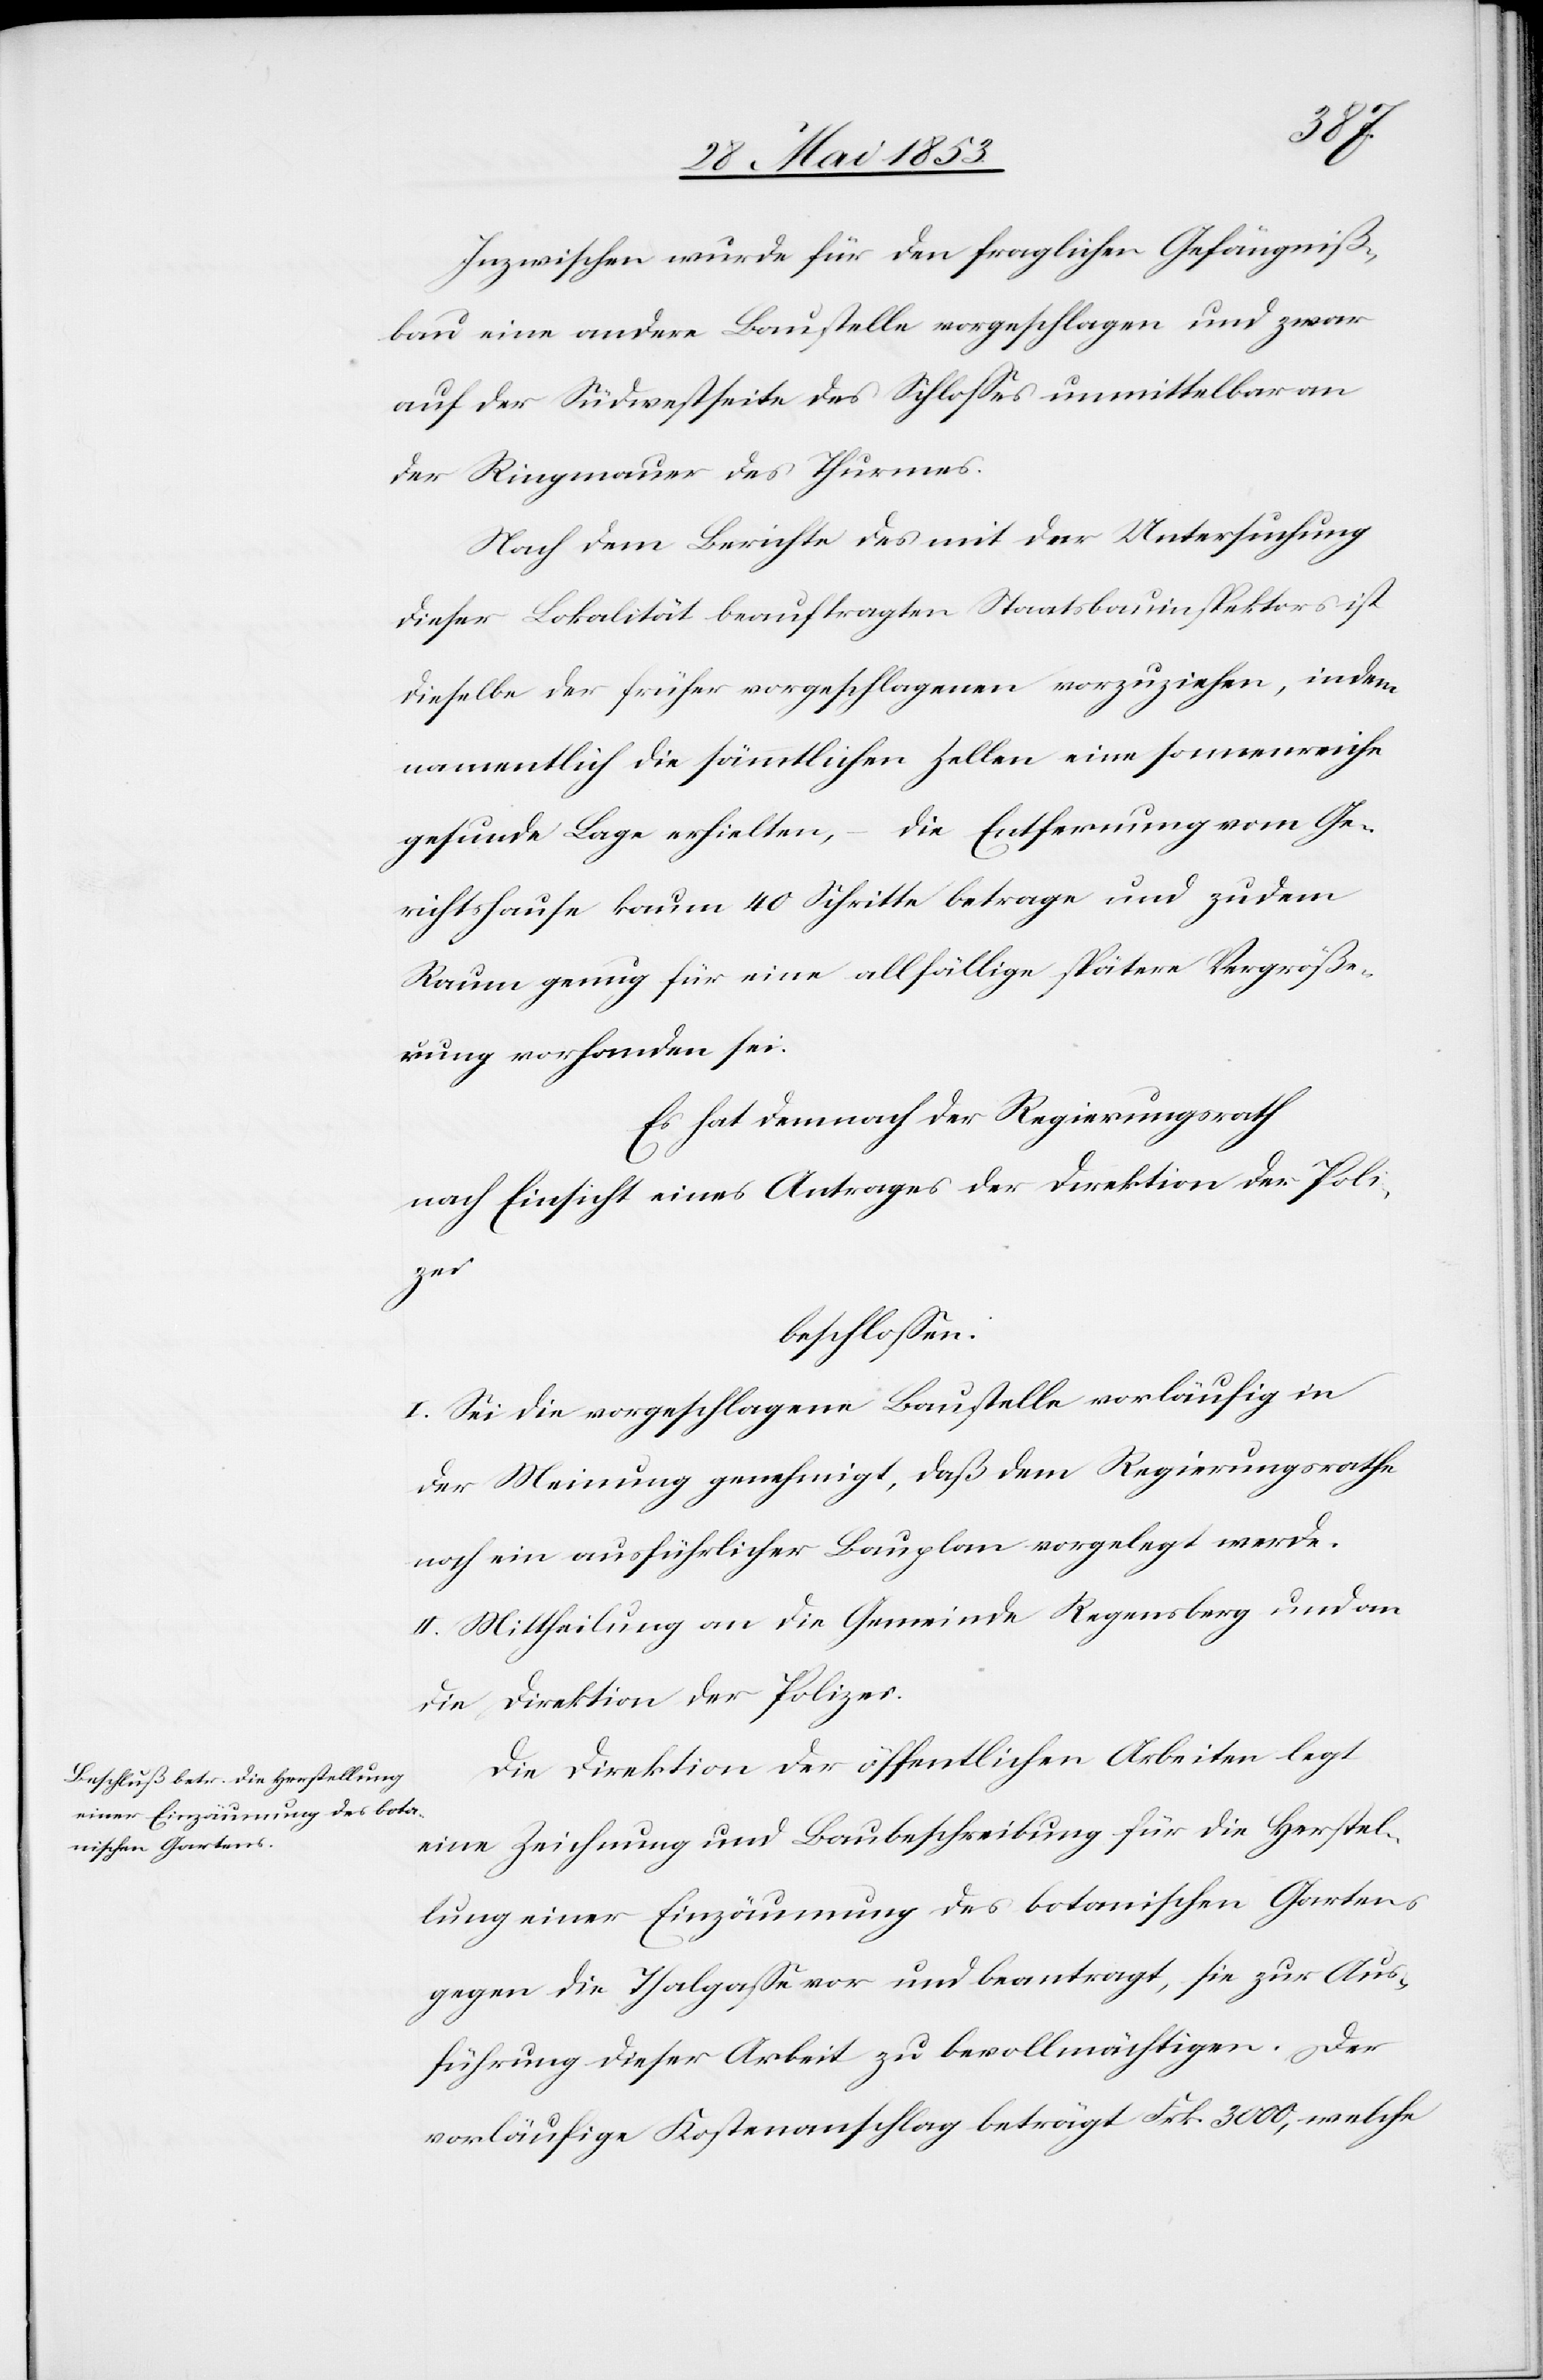
Inzwischen wurde für den fraglichen Gefängniß¬
bau eine andere Baustelle vorgeschlagen und zwar
auf die Südwestseite des Schloßes unmittelbar an
der Ringmauer des Thurmes.
Nach dem Berichte des mit der Untersuchung
dieser Lokalität beauftragten Staatsbauinspektors ist
dieselbe der früher vorgeschlagenen vorzuziehen, indem
namentlich die sämtlichen Zellen eine sonnenreiche
gesunde Lage erhielten, – die Entfernung vom Ge¬
richtshause kaum 40 Schritte betrage und zudem
Raum genug für eine allfällige spätere Vergröße¬
rung vorhanden sei.
Es hat demnach der Regierungsrath
nach Einsicht eines Antrages der Direktion der Poli¬
zei
beschloßen:
I. Sei die vorgeschlagene Baustelle vorläufig in
der Meinung genehmigt, daß dem Regierungsrathe
noch ein ausführlicher Bauplan vorgelegt werde.
II. Mittheilung an die Gemeinde Regensberg und an
die Direktion der Polizei.
Die Direktion der öffentlichen Arbeiten legt
eine Zeichnung und Baubeschreibung für die Herstel¬
lung einer Einzäumung des botanischen Gartens
gegen die Thalgaße vor und beantragt, sie zur Aus¬
führung dieser Arbeit zu bevollmächtigen. Der
vorläufige Kostenvoranschlag beträgt Frk. 3000, welche